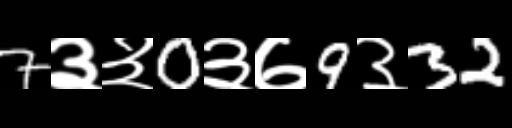
Text: 7३३0३७9३32